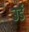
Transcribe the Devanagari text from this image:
उर्ड